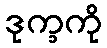
ဒုက္ခကို